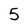
Character: 5